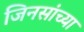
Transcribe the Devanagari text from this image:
जिनसांच्या